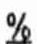
%